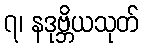
၇၊ နဒုဗ္ဘိယသုတ်